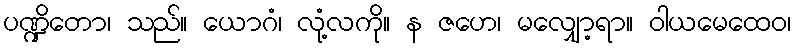
ပဏ္ဍိတော၊ သည်။ ယောဂံ၊ လုံ့လကို။ န ဇဟေ၊ မလျှော့ရာ။ ဝါယမေထေဝ၊